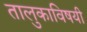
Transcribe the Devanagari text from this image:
तालुकाविषयी